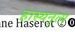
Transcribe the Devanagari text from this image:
हास्यनृत्य